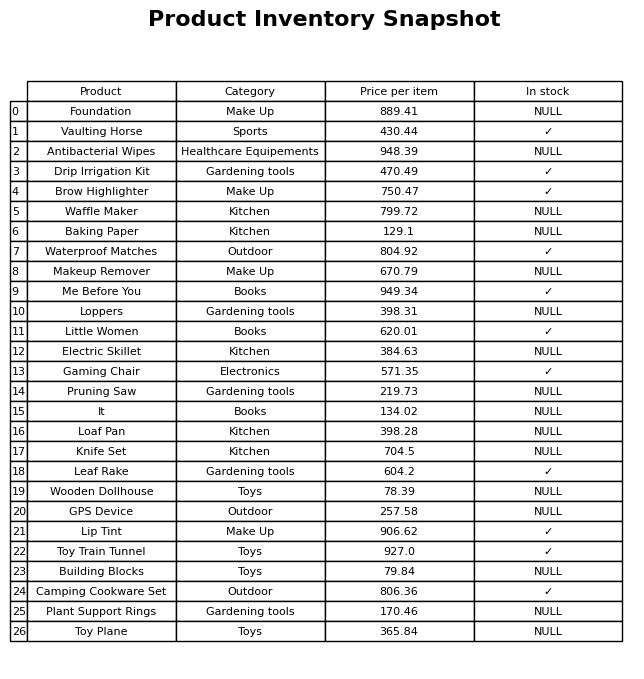
question: What is the price of the It?
answer: The price of It is 134.02.